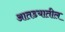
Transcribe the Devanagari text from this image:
आतडयातील